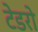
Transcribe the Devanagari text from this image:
टेडरो